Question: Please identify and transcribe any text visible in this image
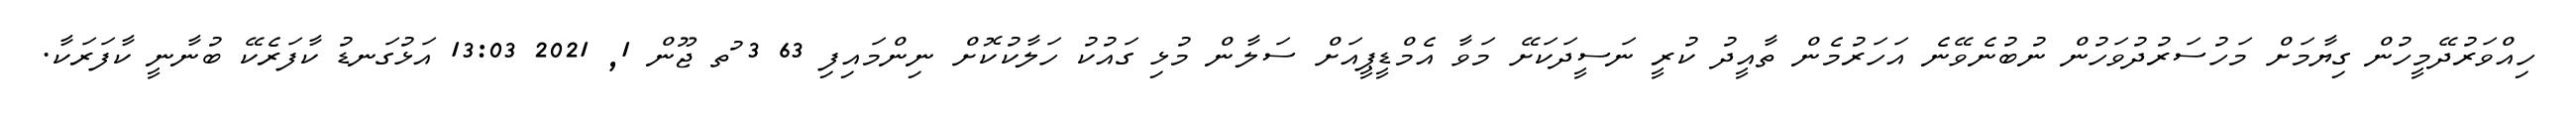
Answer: ހިއްވަރުދޭމީހުން ގިޔާމަށް މަހުސަރުދުވަހުން ނުބުނެވޭނެ އަހަރުމެން ތާއީދު ކުރީ ނަސީދަކަށޭ މަވާ އެމްޑީޕީއަށް ސަލާން މުޅި ގައުކު ހަލާކުކޮށް ނިންމައިފި 63 3 ުތ ޖޫން 1, 2021 13:03 އަޅުގަނޑު ކާފަރެކޭ ބުނާނީ ކާފަރަކާ.